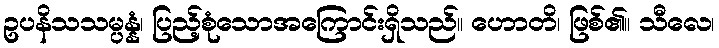
ဥပနိသသမ္ပန္နံ၊ ပြည့်စုံသောအကြောင်းရှိသည်။ ဟောတိ၊ ဖြစ်၏။ သီလေ၊